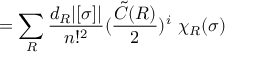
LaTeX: = \sum _ { R } \frac { d _ { R } | [ \sigma ] | } { n ! ^ { 2 } } ( \frac { { \tilde { C } } ( R ) } { 2 } ) ^ { i } \ \chi _ { R } ( \sigma )